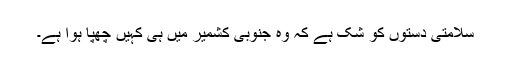
سلامتی دستوں کو شک ہے کہ وہ جنوبی کشمیر میں ہی کہیں چھپا ہوا ہے۔